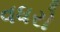
વધરો